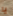
يا